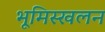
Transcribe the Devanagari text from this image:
भूमिस्खलन